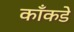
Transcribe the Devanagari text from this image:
काँकडे